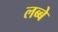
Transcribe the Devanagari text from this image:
लब्बे